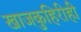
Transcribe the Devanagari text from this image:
खाजकुहिरीही